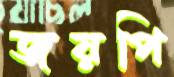
জয়পি